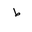
Letter: _da